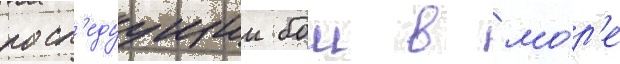
посл'едуущии бои в мо́р'е